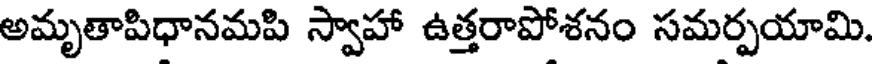
అమృతాపిధానమపి స్వాహా ఉత్తరాపోశనం సమర్పయామి.